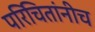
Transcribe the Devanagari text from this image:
परिचितांनीच